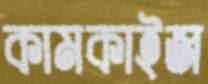
কামকাইজ